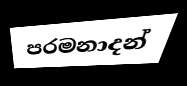
පරමනාදන්